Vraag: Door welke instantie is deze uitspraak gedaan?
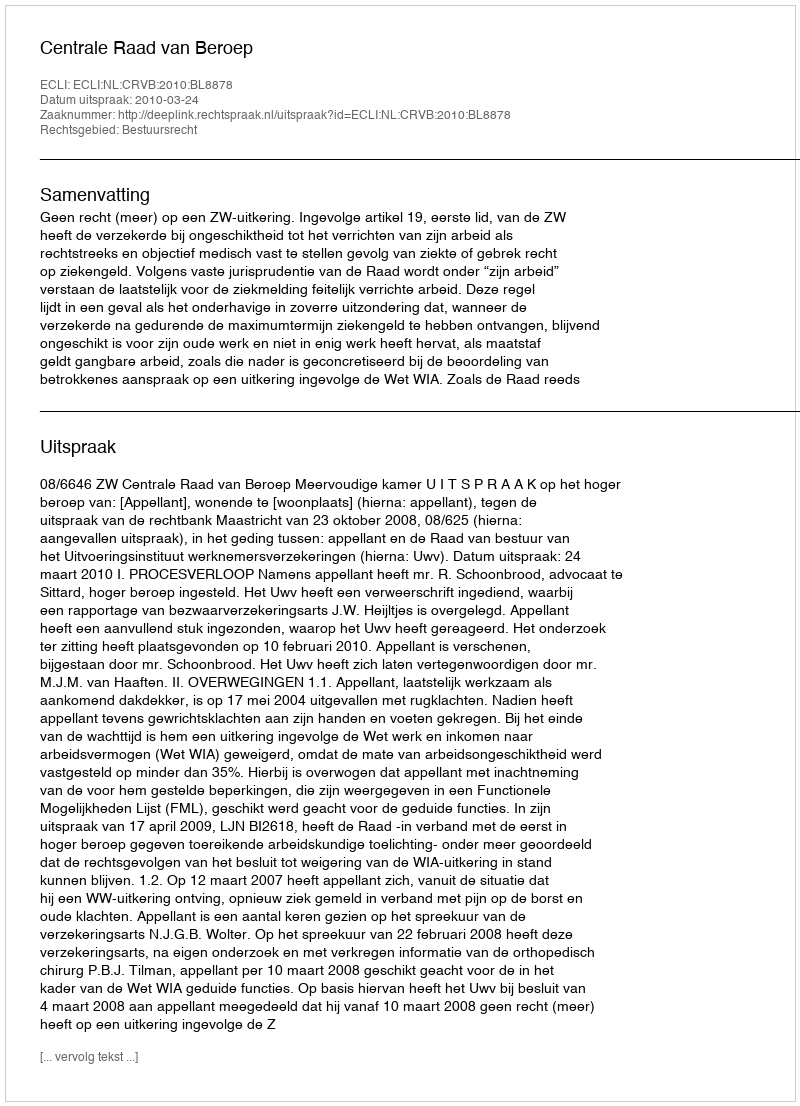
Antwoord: Centrale Raad van Beroep